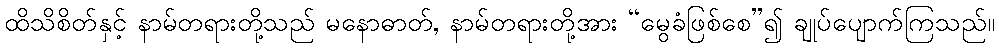
ထိသိစိတ်နှင့် နာမ်တရားတို့သည် မနောဓာတ်, နာမ်တရားတို့အား “မွေခံဖြစ်စေ”၍ ချုပ်ပျောက်ကြသည်။